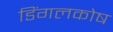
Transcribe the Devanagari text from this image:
डिंगलकोष